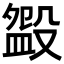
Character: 𣪰